Scottish Certificate of Education, 1962
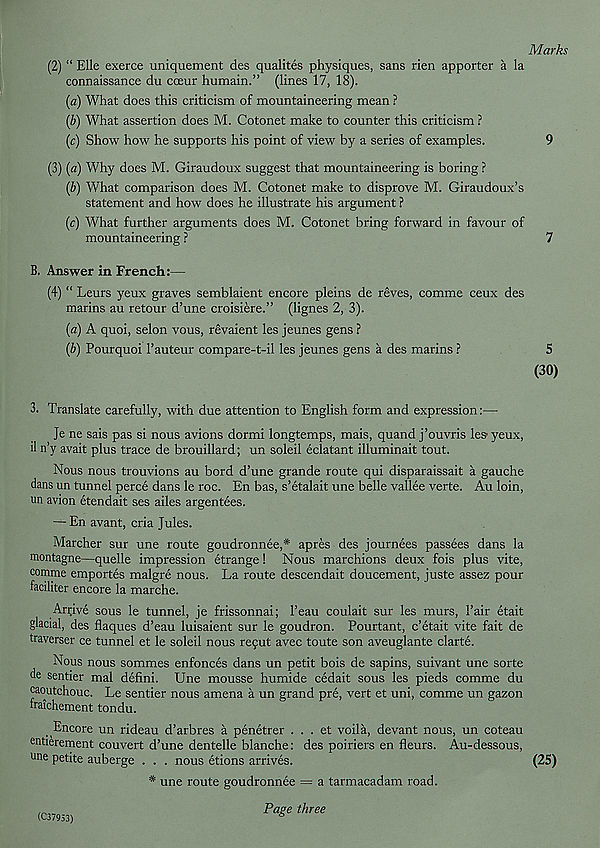
(2) “ Elle exerce uniquement des qualites physiques, sans rien apporter a la
connaissance du cceur humain.” (lines 17, 18).
(a) What does this criticism of mountaineering mean ?
(b) What assertion does M. Cotonet make to counter this criticism ?
(c) Show how he supports his point of view by a series of examples.
(3) (a) Why does M. Giraudoux suggest that mountaineering is boring ?
(b) What comparison does M. Cotonet make to disprove M. Giraudoux’s
statement and how does he illustrate his argument ?
(c) What further arguments does M. Cotonet bring forward in favour of
mountaineering ?
B. Answer in French:—
(4) “ Leurs yeux graves semblaient encore pleins de reves, comme ceux des
marins au retour d’une croisiere.” (lignes 2, 3).
(a) A quoi, selon vous, revaient les jeunes gens ?
(b) Pourquoi 1’auteur compare-t-il les jeunes gens a des marins ?
3. Translate carefully, with due attention to English form and expression:—
Je ne sais pas si nous avions dormi longtemps, mais, quand j’ouvris lesyeux,
il n’y avait plus trace de brouillard; un soleil eclatant illuminait tout.
Nous nous trouvions au bord d’une grande route qui disparaissait a gauche
dans un tunnel perce dans le roc. En has, s’etalait une belle vallee verte. Au loin,
un avion etendait ses ailes argentees.
— En avant, cria Jules.
Marcher sur une route goudronnee,* apres des journees passees dans la
montagne—quelle impression etrange! Nous marchions deux fois plus vite,
comme emportes malgre nous. La route descendait doucement, juste assez pour
faciliter encore la marche.
Arrive sous le tunnel, je frissonnai; 1’eau coulait sur les murs, 1’air etait
glacial, des flaques d’eau luisaient sur le goudron. Pourtant, c’etait vite fait de
traverser ce tunnel et le soleil nous recut avec toute son aveuglante clarte.
Nous nous sommes enfonces dans un petit bois de sapins, suivant une sorte
de sentier mal defini. Une mousse humide cedait sous les pieds comme du
caoutchouc. Le sentier nous amena a un grand pre, vert et uni, comme un gazon
baichement tondu.
Encore un rideau d’arbres a penetrer . . . et voila, devant nous, un coteau
entierement couvert d’une dentelle blanche: des poiriers en fleurs. Au-dessous,
une petite auberge . . . nous etions arrives.
* une route goudronnee = a tarmacadam road.
Page three
(C37953)